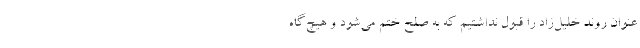
عنوان روند خليل‌زاد را قبول نداشتيم كه به صلح ختم مي‌شود و هيچ‌گاه